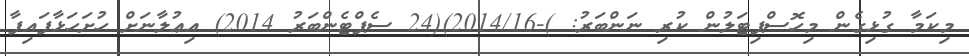
މިކަމާ ގުޅިގެން މިހޮސްޕިޓަލުން ކުރި ނަންބަރު: )-2014/16)(24 ސެޕްޓެންބަރު 2014) އިޢުލާނަށް ހުށަހަޅާފައިފާ